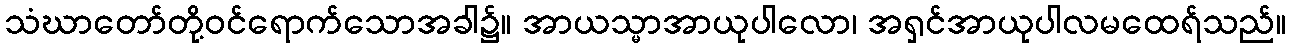
သံဃာတော်တို့ဝင်ရောက်သောအခါ၌။ အာယသ္မာအာယုပါလော၊ အရှင်အာယုပါလမထေရ်သည်။